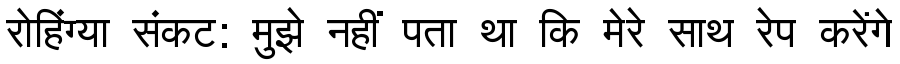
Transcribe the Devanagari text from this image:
रोहिंग्या संकट: मुझे नहीं पता था कि मेरे साथ रेप करेंगे